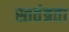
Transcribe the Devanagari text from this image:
स्ततंत्रता